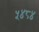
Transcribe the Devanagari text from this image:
५४८४